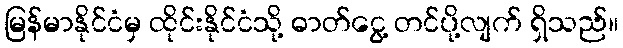
မြန်မာနိုင်ငံမှ ထိုင်းနိုင်ငံသို့ ဓာတ်ငွေ့ တင်ပို့လျက် ရှိသည်။